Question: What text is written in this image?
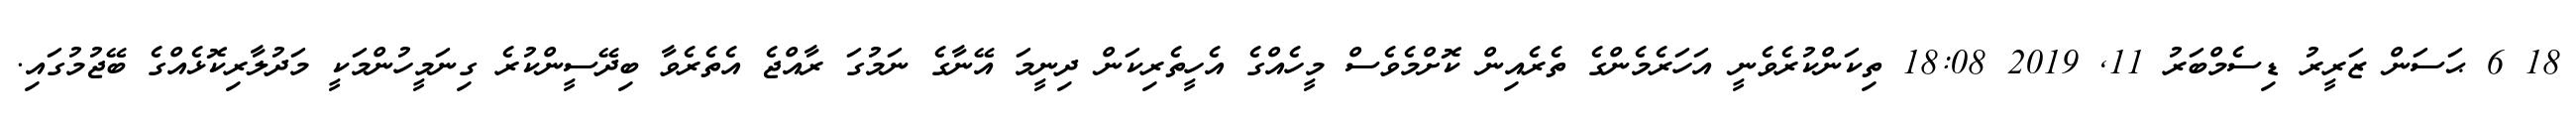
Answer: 18 6 ޙަސަން ޒަރީރު ޑިސެމްބަރު 11, 2019 18:08 ތިކަންކުރެވެނީ އަހަރެމެންގެ ތެރެއިން ކޮށްމެވެސް މީހެއްގެ އެހީތެރިކަން ދިނީމަ އޭނާގެ ނަމުގަ ރާއްޖެ އެތެރެވާ ބިދޭސީންކުރެ ގިނަމީހުންމަކީ މަދުލާރިކޮޅެއްގެ ބޭޖުމުގައި.